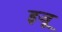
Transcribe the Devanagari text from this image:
इजू